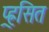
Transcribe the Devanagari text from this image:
प्र्ह्रसित